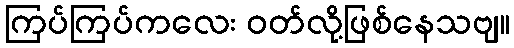
ကြပ်ကြပ်ကလေး ဝတ်လို့ဖြစ်နေသဗျ။